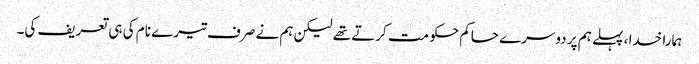
ہمارا خدا ، پہلے ہم پر دوسرے حاکم حکو مت کرتے تھے لیکن ہم نے صرف تیرے نام کی ہی تعریف کی۔